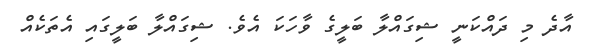
އާދެ މި ދައްކަނީ ޝިގައްލާ ބަލީގެ ވާހަކަ އެވެ. ޝިގައްލާ ބަލީގައި އެތަކެއް